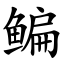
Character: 鳊